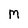
Character: M